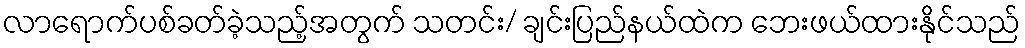
လာရောက်ပစ်ခတ်ခဲ့သည့်အတွက် သတင်း/ ချင်းပြည်နယ်ထဲက ဘေးဖယ်ထားနိုင်သည်